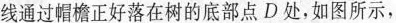
线通过帽檐正好落在树的底部点D处，如图所示，